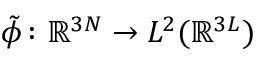
\tilde { \phi } \colon \ensuremath { \mathbb { R } } ^ { 3 N } \to L ^ { 2 } ( \ensuremath { \mathbb { R } } ^ { 3 L } )